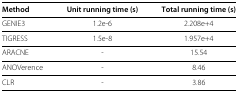
| Method | Unit running time (s) | Total running time (s) |
 | --- | --- | --- |
 | GENIE3 | 1.2e-6 | 2.208e+4 |
 | TIGRESS | 1.5e-8 | 1.957e+4 |
 | ARACNE | - | 15.54 |
 | ANOVerence | - | 8.46 |
 | CLR | - | 3.86 |